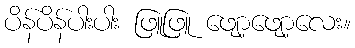
ပိန်ပိန်ပါးပါး ဖြူဖြူ ဖျော့ဖျော့လေး။